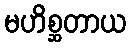
မဟိစ္ဆတာယ